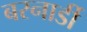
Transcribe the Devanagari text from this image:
बरनार्डी